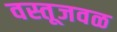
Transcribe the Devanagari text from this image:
वस्तूजवळ